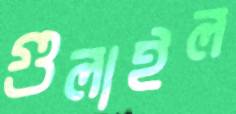
গুলাইল